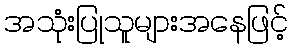
အသုံးပြုသူများအနေဖြင့်